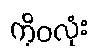
ကိုဝလုံး